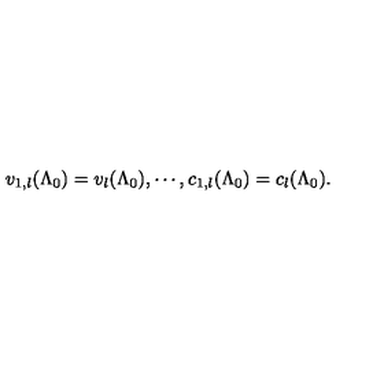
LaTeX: v _ { 1 , l } ( \Lambda _ { 0 } ) = v _ { l } ( \Lambda _ { 0 } ) , \cdots , c _ { 1 , l } ( \Lambda _ { 0 } ) = c _ { l } ( \Lambda _ { 0 } ) .